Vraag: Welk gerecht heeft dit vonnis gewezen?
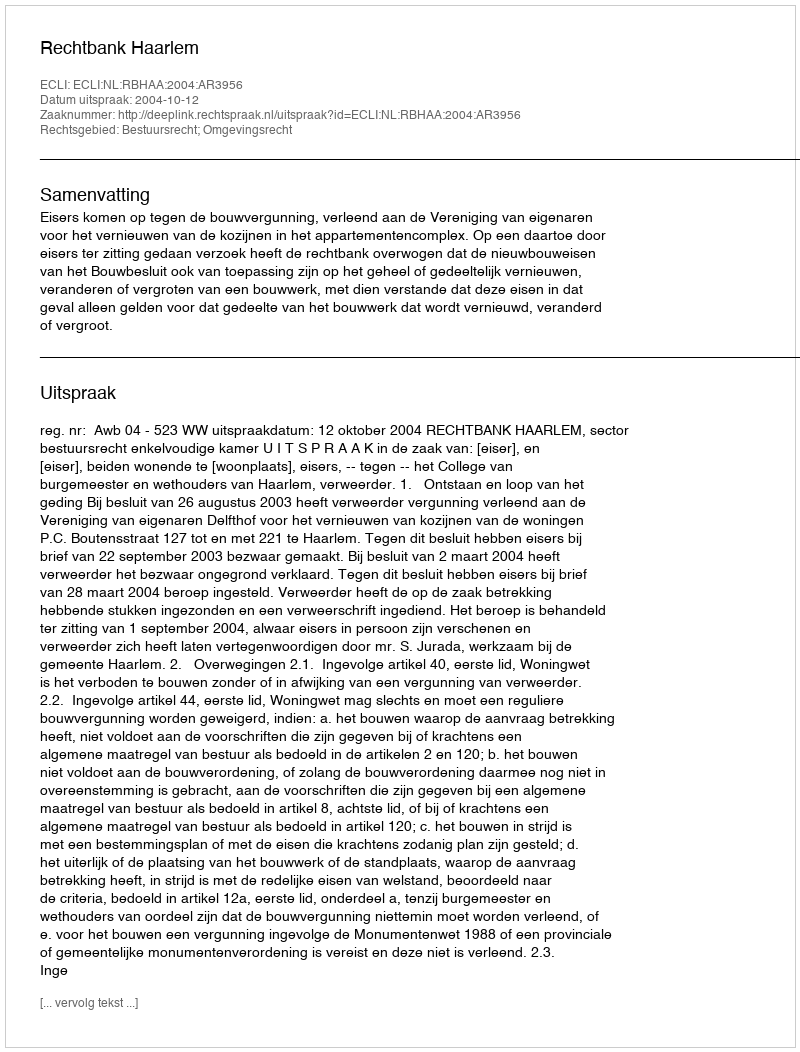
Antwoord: Rechtbank Haarlem